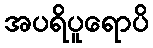
အပရိပူရောပိ